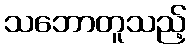
သဘောတူသည့်